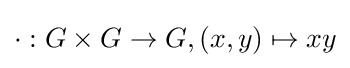
\cdot :G\times G\to G,(x,y)\mapsto xy